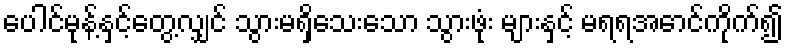
ပေါင်မုန့်နှင့်တွေ့လျှင် သွားမရှိသေးသော သွားဖုံး များနှင့် မရရအောင်ကိုက်၍